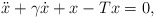
\begin{align*}\ddot x + \gamma\dot x + x-Tx = 0,\end{align*}